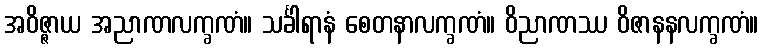
အဝိဇ္ဇာယ အညာဏလက္ခဏံ။ သင်္ခါရာနံ စေတနာလက္ခဏံ။ ဝိညာဏဿ ဝိဇာနနလက္ခဏံ။